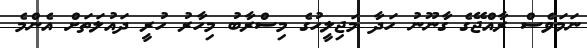
ނަމަވެސް ރާއްޖޭގެ ގާނޫނު ހަދާ މަޖިލީހުގެ މިސްރާބު މިހާރު ހުރީ ދައުލަތަށް އެންމެ